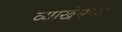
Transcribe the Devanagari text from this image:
व्याखेमध्ये